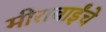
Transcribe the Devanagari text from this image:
मीराबाईंचे